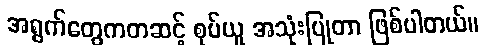
အရွက်တွေကတဆင့် စုပ်ယူ အသုံးပြုတာ ဖြစ်ပါတယ်။